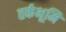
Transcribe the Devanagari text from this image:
तर्कभूमि